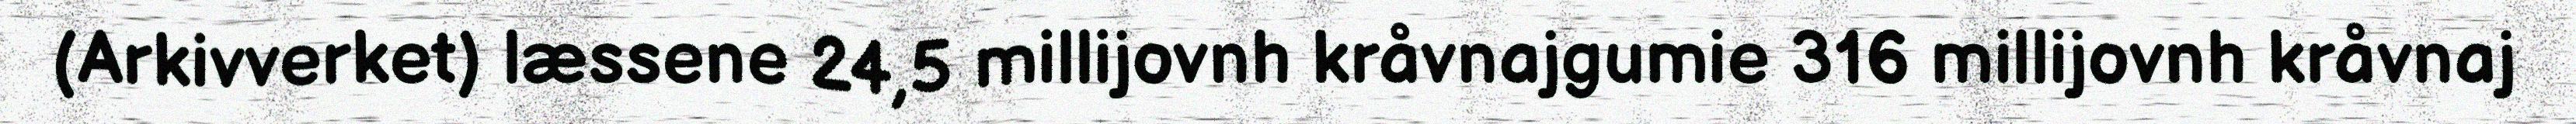
(Arkivverket) læssene 24,5 millijovnh kråvnajgumie 316 millijovnh kråvnaj